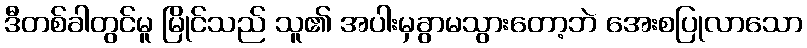
ဒီတစ်ခါတွင်မူ မြိုင်သည် သူ၏ အပါးမှခွာမသွားတော့ဘဲ အေးစပြုလာသော